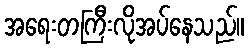
အရေးတကြီးလိုအပ်နေသည်။